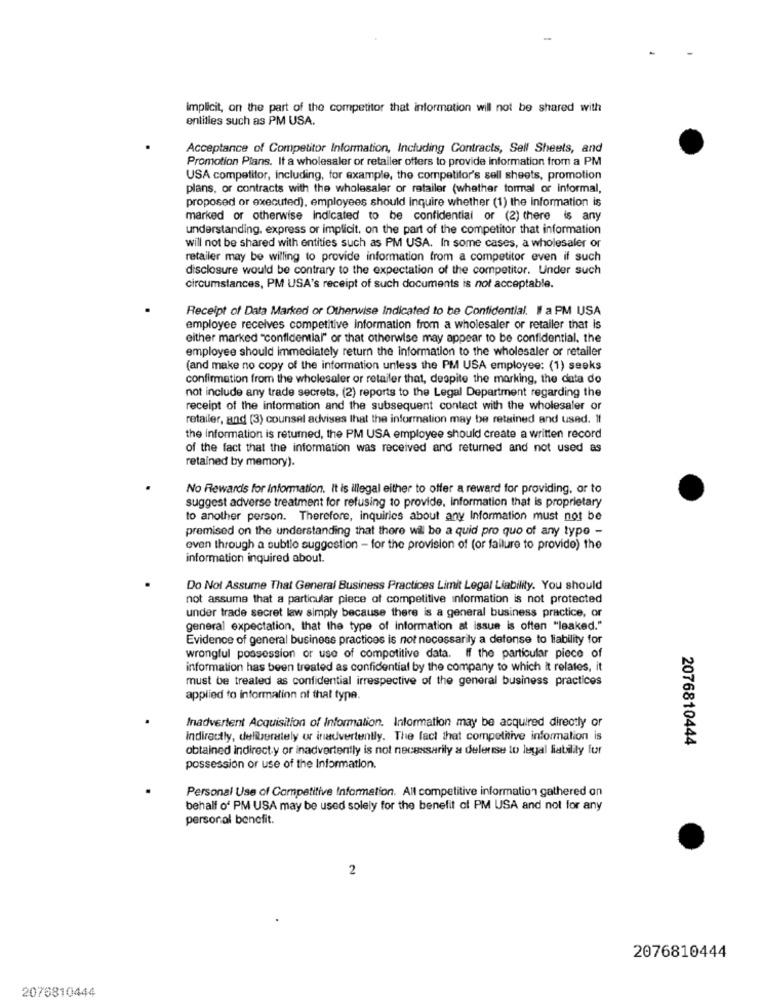
-
implicit, on the part of the competitor that information will not be shared with
entities such as PM USA.
Acceptance of Competitor Information, Including Contracts, Self Sheets, and
Promotion Plans. If a wholesaler or retailer offers to provide information from a PM
USA competitor, including, for example, the competitor's sell sheets, promotion
plans, or contracts with the wholesaler or retailer (whether formal of informal,
proposed or executed), employees should inquire whether (1) the information is
marked or otherwise Indicated to be confidential or (2) there is any
understanding. express or implicit, on the part of the competitor that information
will not be shared with entities such as PM USA. In some cases, a wholesaler or
retailer may be willing to provide information from a competitor even if such
disclosure would be contrary to the expectation of the competitor. Under such
circumstances, PM USA's receipt of such documents is not acceptable.
Receipt of Data Marked or Otherwise Indicated to be Confidential. If a PM USA
employee receives competitive information from a wholesaler or retailer that is
either marked "confidential" or that otherwise may appear to be confidential, the
employee should immediately return the information to the wholesaler or retailer
(and make no copy of the information unless the PM USA employee: (1) seeks
confirmation from the wholesaler or retailer that, despite the marking, the data do
not include any trade secrets, (2) reports to the Legal Department regarding the
receipt of the information and the subsequent contact with the wholesaler or
retailer, and (3) counsel advises that the information may be retained and used. If
the information is returned, the PM USA employee should create a written record
of the fact that the information was received and returned and not used as
retained by memory).
No Rewards for Information. It is illegal either to offer a reward for providing, or to
suggest adverse treatment for refusing to provide, information that is proprietary
to another person. Therefore, inquiries about any Information must not be
premised on the understanding that there wil be a quid pro quo of any type -
even through a subtle suggestion - for the provision of (or failure to provide) the
information inquired about.
Do Not Assume That General Business Practices Limit Legal Liability. You should
not assume that a particular piece of competitive information is not protected
under trade secret law simply because there is a general business practice, or
general expectation, that the type of information at issue is often "leaked."
Evidence of general business practices is not necessarily a defense to liability for
wrongful possession or use of competitive data. If the particular piece of
information has been treated as confidential by the company to which It relates, it
must be treated as confidential irrespective of the general business practices
applied to information of that type.
Inadvertent Acquisition of Information. Information may be acquired directly or
Indirectly, deliberately ur inadvertently. The fact that competitive information is
2076810444
obtained indirect.y or inadvertently is not necessarily a delerise to legal liability fur
possession or use of the Information.
Personal Use of Competitive Information. All competitive information gathered on
behalf of PM USA may be used solely for the benefit of PM USA and not for any
personal benefit.
2
2076810444
2076810444